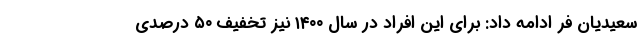
سعیدیان فر ادامه داد: برای این افراد در سال ۱۴۰۰ نیز تخفیف ۵۰ درصدی